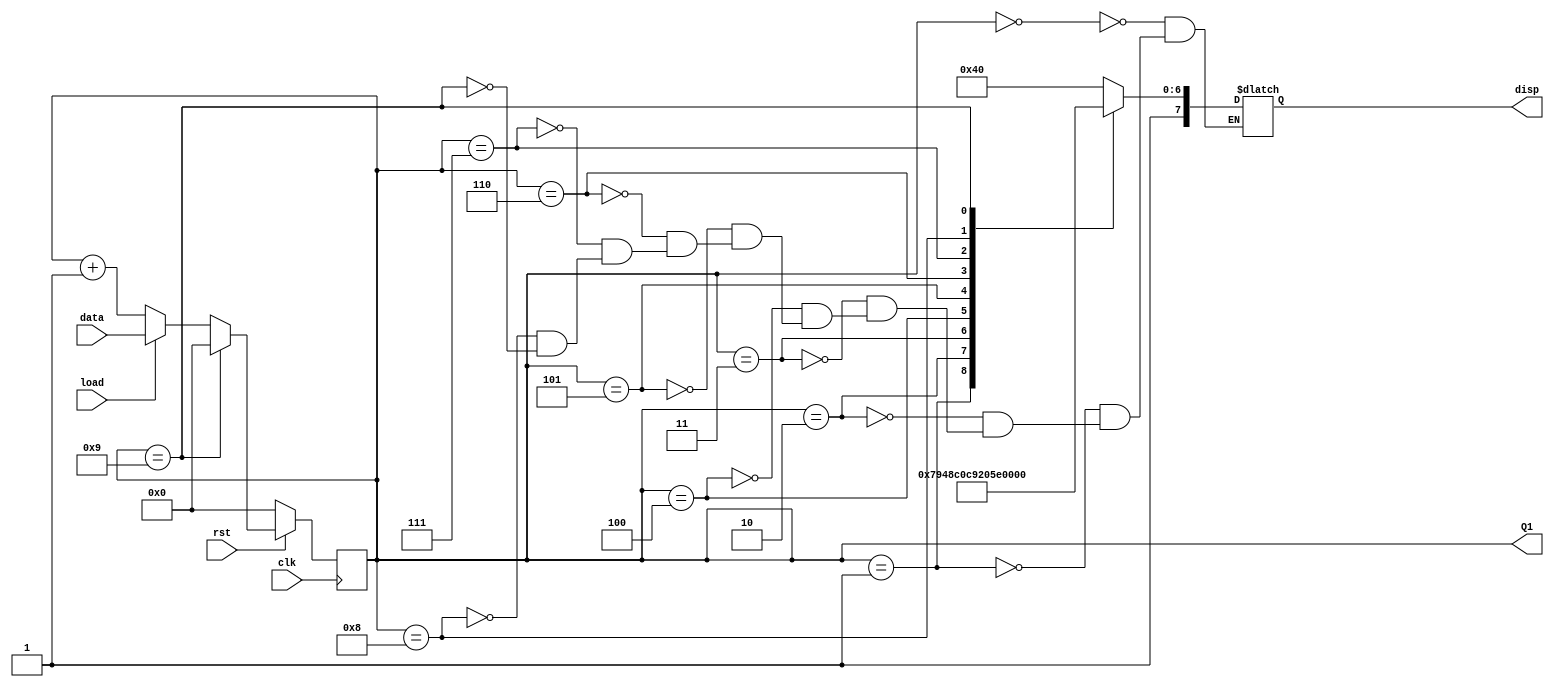
module BCD(clk,rst,load,data,Q1,disp);
input clk;
input rst;
input load;
input [3:0] data;
output [3:0] Q1;
output [7:0] disp;
reg [3:0] Q1;
reg [7:0] disp;

always@(posedge clk)
begin
   if(!rst)
      Q1<=0;
   else if(Q1==9)
      Q1<=0;
   else if(load)
      Q1<=data;
   else 
      Q1<=Q1+1;
end

always@(Q1)
   case(Q1)
      4'b0000:disp=8'b11000000;
      4'b0001:disp=8'b11111001;
      4'b0010:disp=8'b10100100;
      4'b0011:disp=8'b10110000;
      4'b0100:disp=8'b10011001;
      4'b0101:disp=8'b10010010;
      4'b0110:disp=8'b10000010;
      4'b0111:disp=8'b11111000;
      4'b1000:disp=8'b10000000;
      4'b1001:disp=8'b10010000;
   endcase
endmodule

module dff_1 (clk, D, Din, Load, Q4);
   input clk, D, Din, Load;
   output Q4;
   reg Q4;
   always@ (posedge clk) 
   if (Load) Q4 = Din;
   else Q4 = D;
endmodule